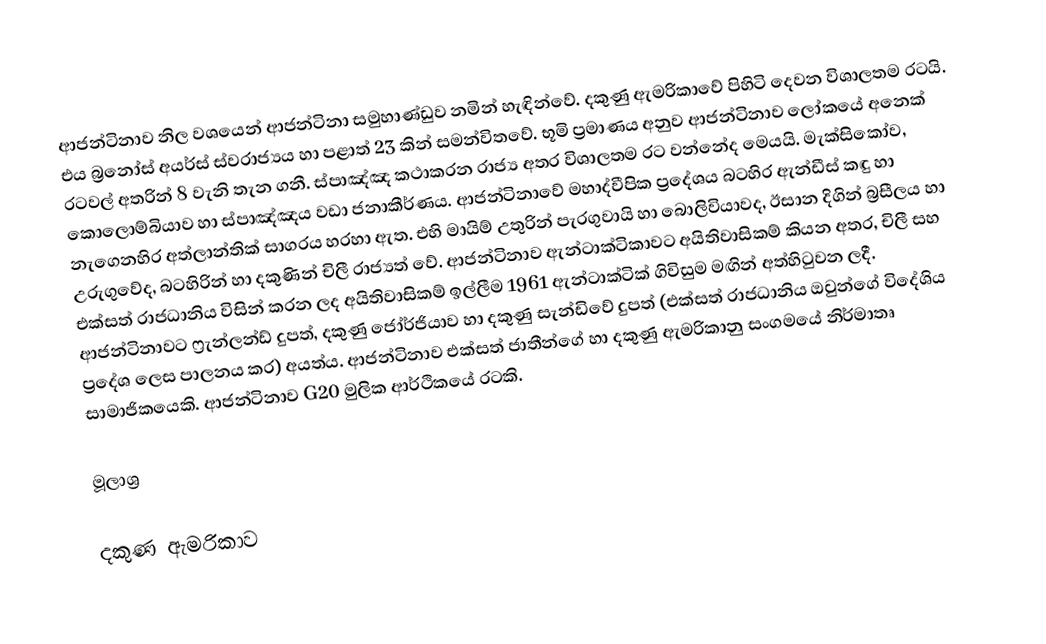
ආජන්ටිනාව නිල වශයෙන් ආජන්ටිනා සමුහාණ්ඩුව නමින් හැඳින්වේ. දකුණු ඇමරිකාවේ පිහිටි දෙවන විශාලතම රටයි. එය බ්‍රනෝස් අයර්ස් ස්වරාජ්‍යය හා පළාත් 23 කින් සමන්විතවේ. භූමි ප්‍රමාණය අනුව ආජන්ටිනාව ලෝකයේ  අනෙක් රටවල් අතරින් 8  වැනි තැන ගනී. ස්පාඤ්ඤ කථාකරන රාජ්‍ය අතර විශාලතම රට වන්නේද මෙයයි. මැක්සිකෝව, කොලොම්බියාව හා ස්පාඤ්ඤය වඩා ජනාකීර්ණය. ආජන්ටිනාවේ මහාද්වීපික ප්‍රදේශය බටහිර ඇන්ඩීස් කඳු හා නැගෙනහිර අත්ලාන්තික් සාගරය හරහා ඇත. එහි මායිම් උතුරින් පැරගුවායි හා බොලිවියාවද, ඊසාන දිගින් බ්‍රසීලය හා උරුගුවේද, බටහිරින් හා දකුණින් චිලී රාජ්‍යත් වේ. ආජන්ටිනාව ඇන්ටාක්ටිකාවට අයිතිවාසිකම් කියන අතර, චිලී සහ එක්සත් රාජධානිය විසින් කරන ලද අයිතිවාසිකම් ඉල්ලීම 1961 ඇන්ටාක්ටික් ගිවිසුම මඟින් අත්හිටුවන ලදී. ආජන්ටිනාවට ෆ්‍රැන්ලන්ඩ් දුපත්, දකුණු ජෝර්ජියාව හා දකුණු සැන්ඩිවේ දුපත් (එක්සත් රාජධානිය ඔවුන්ගේ විදේශිය ප්‍රදේශ ලෙස පාලනය කර) අයත්ය. ආජන්ටිනාව එක්සත් ජාතීන්ගේ හා දකුණු ඇමරිකානු සංගමයේ නිර්මාතෘ සාමාජිකයෙකි. ආජන්ටිනාව G20 මුලික ආර්ථිකයේ රටකි.

මූලාශ්‍ර

දකුණ ඇමරිකාව